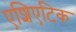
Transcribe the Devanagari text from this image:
एशिएटिक